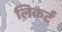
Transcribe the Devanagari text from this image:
लिकर्टं